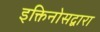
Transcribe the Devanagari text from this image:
इक्तिनोसद्वारा